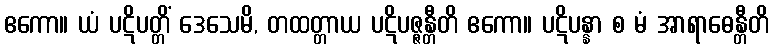
ဧကော။ ယံ ပဋိပတ္တိံ ဒေသေမိ, တထတ္တာယ ပဋိပဇ္ဇန္တီတိ ဧကော။ ပဋိပန္နာ စ မံ အာရာဓေန္တီတိ